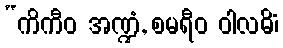
“ကိကီဝ အဏ္ဍံ, စမရီဝ ဝါလဓိံ၊